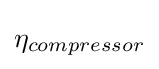
\eta _{compressor}